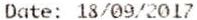
DATE: 18/09/2017